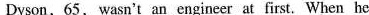
Dyson,65, wasn't an engineer at first. When he